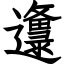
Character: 邍